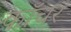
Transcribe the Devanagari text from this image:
कॉचर